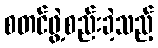
စတင်ဖွဲ့စည်းခဲ့သည့်